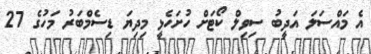
އެ މައްސަލަ އަދީބު ސިވިލް ކޯޓަށް ހުށަހެޅީ މިދިޔަ ޑިސެމްބަރު މަހުގެ 27